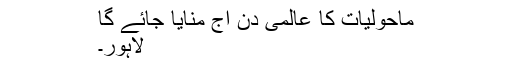
ماحولیات کا عالمی دن آج منایا جائے گا
لاہور۔